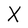
Character: X